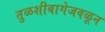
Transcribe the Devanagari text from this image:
तुळशीबागेजवळून